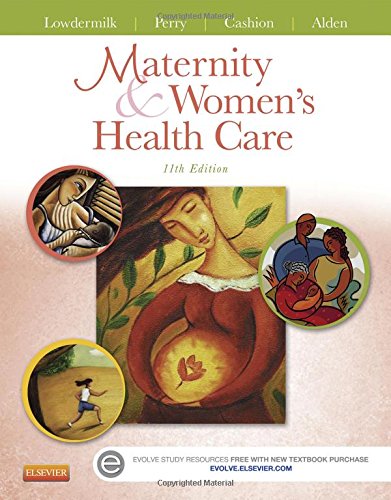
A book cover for Maternity and Women's Health Care, 11e; Deitra Leonard Lowdermilk RNC  PhD  FAAN; Medical Books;